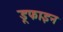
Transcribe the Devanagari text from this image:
डूफाइन